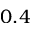
0 . 4